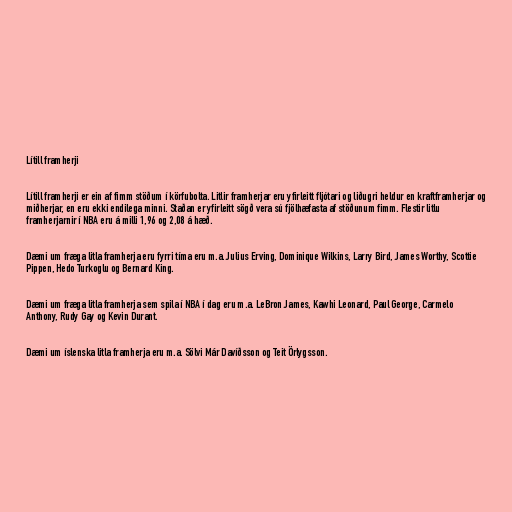
Lítill framherji

Lítill framherji er ein af fimm stöðum í körfubolta. Litlir framherjar eru yfirleitt fljótari og liðugri heldur en kraftframherjar og
miðherjar, en eru ekki endilega minni. Staðan er yfirleitt sögð vera sú fjölhæfasta af stöðunum fimm. Flestir litlu
framherjarnir í NBA eru á milli 1,96 og 2,08 á hæð.

Dæmi um fræga litla framherja eru fyrri tíma eru m.a. Julius Erving, Dominique Wilkins, Larry Bird, James Worthy, Scottie
Pippen, Hedo Turkoglu og Bernard King.

Dæmi um fræga litla framherja sem spila í NBA í dag eru m.a. LeBron James, Kawhi Leonard, Paul George, Carmelo
Anthony, Rudy Gay og Kevin Durant.

Dæmi um íslenska litla framherja eru m.a. Sölvi Már Davíðsson og Teit Örlygsson.